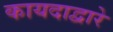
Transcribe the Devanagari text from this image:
कायदाद्वारे